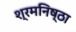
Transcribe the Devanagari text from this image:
श्रमनिष्ठा